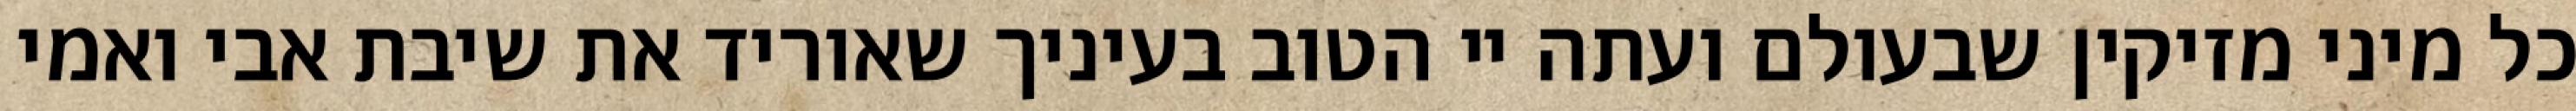
כל מיני מזיקין שבעולם ועתה יי הטוב בעיניך שאוריד את שיבת אבי ואמי